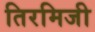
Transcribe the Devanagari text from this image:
तिरमिजी